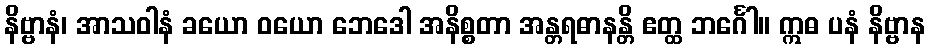
နိဗ္ဗာနံ၊ အာသဝါနံ ခယော ဝယော ဘေဒေါ အနိစ္စတာ အန္တရဓာနန္တိ ဧတ္ထ ဘင်္ဂေါ။ ဣဓ ပနံ နိဗ္ဗာန